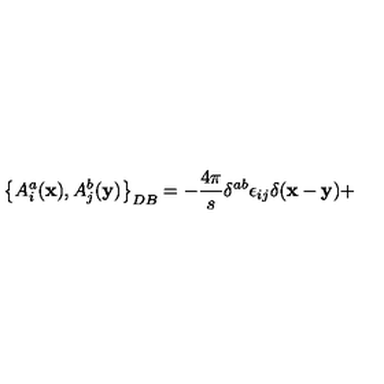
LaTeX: \left\{ A _ { i } ^ { a } ( { \bf x } ) , A _ { j } ^ { b } ( { \bf y } ) \right\} _ { D B } = - \frac { 4 \pi } { s } \delta ^ { a b } \epsilon _ { i j } \delta ( { \bf x } - { \bf y } ) +